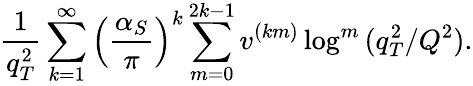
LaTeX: \frac{1}{q_{T}^{2}}\sum_{k=1}^{\infty}\left(\frac{\alpha_{S}}{\pi}\right)^{k}\sum_{m=0}^{2k-1}v^{(km)}\log^{m}{(q_{T}^{2}/Q^{2})}.